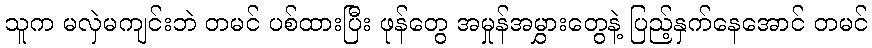
သူက မလှဲမကျင်းဘဲ တမင် ပစ်ထားပြီး ဖုန်တွေ အမှုန်အမွှားတွေနဲ့ ပြည့်နှက်နေအောင် တမင်